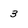
Character: 3